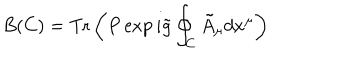
B ( C ) = \mathrm { T r } \left( P \exp i \tilde { g } \oint _ { C } \tilde { A } _ { \mu } d x ^ { \mu } \right)